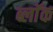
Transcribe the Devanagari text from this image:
ब्लाॅक